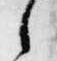
之